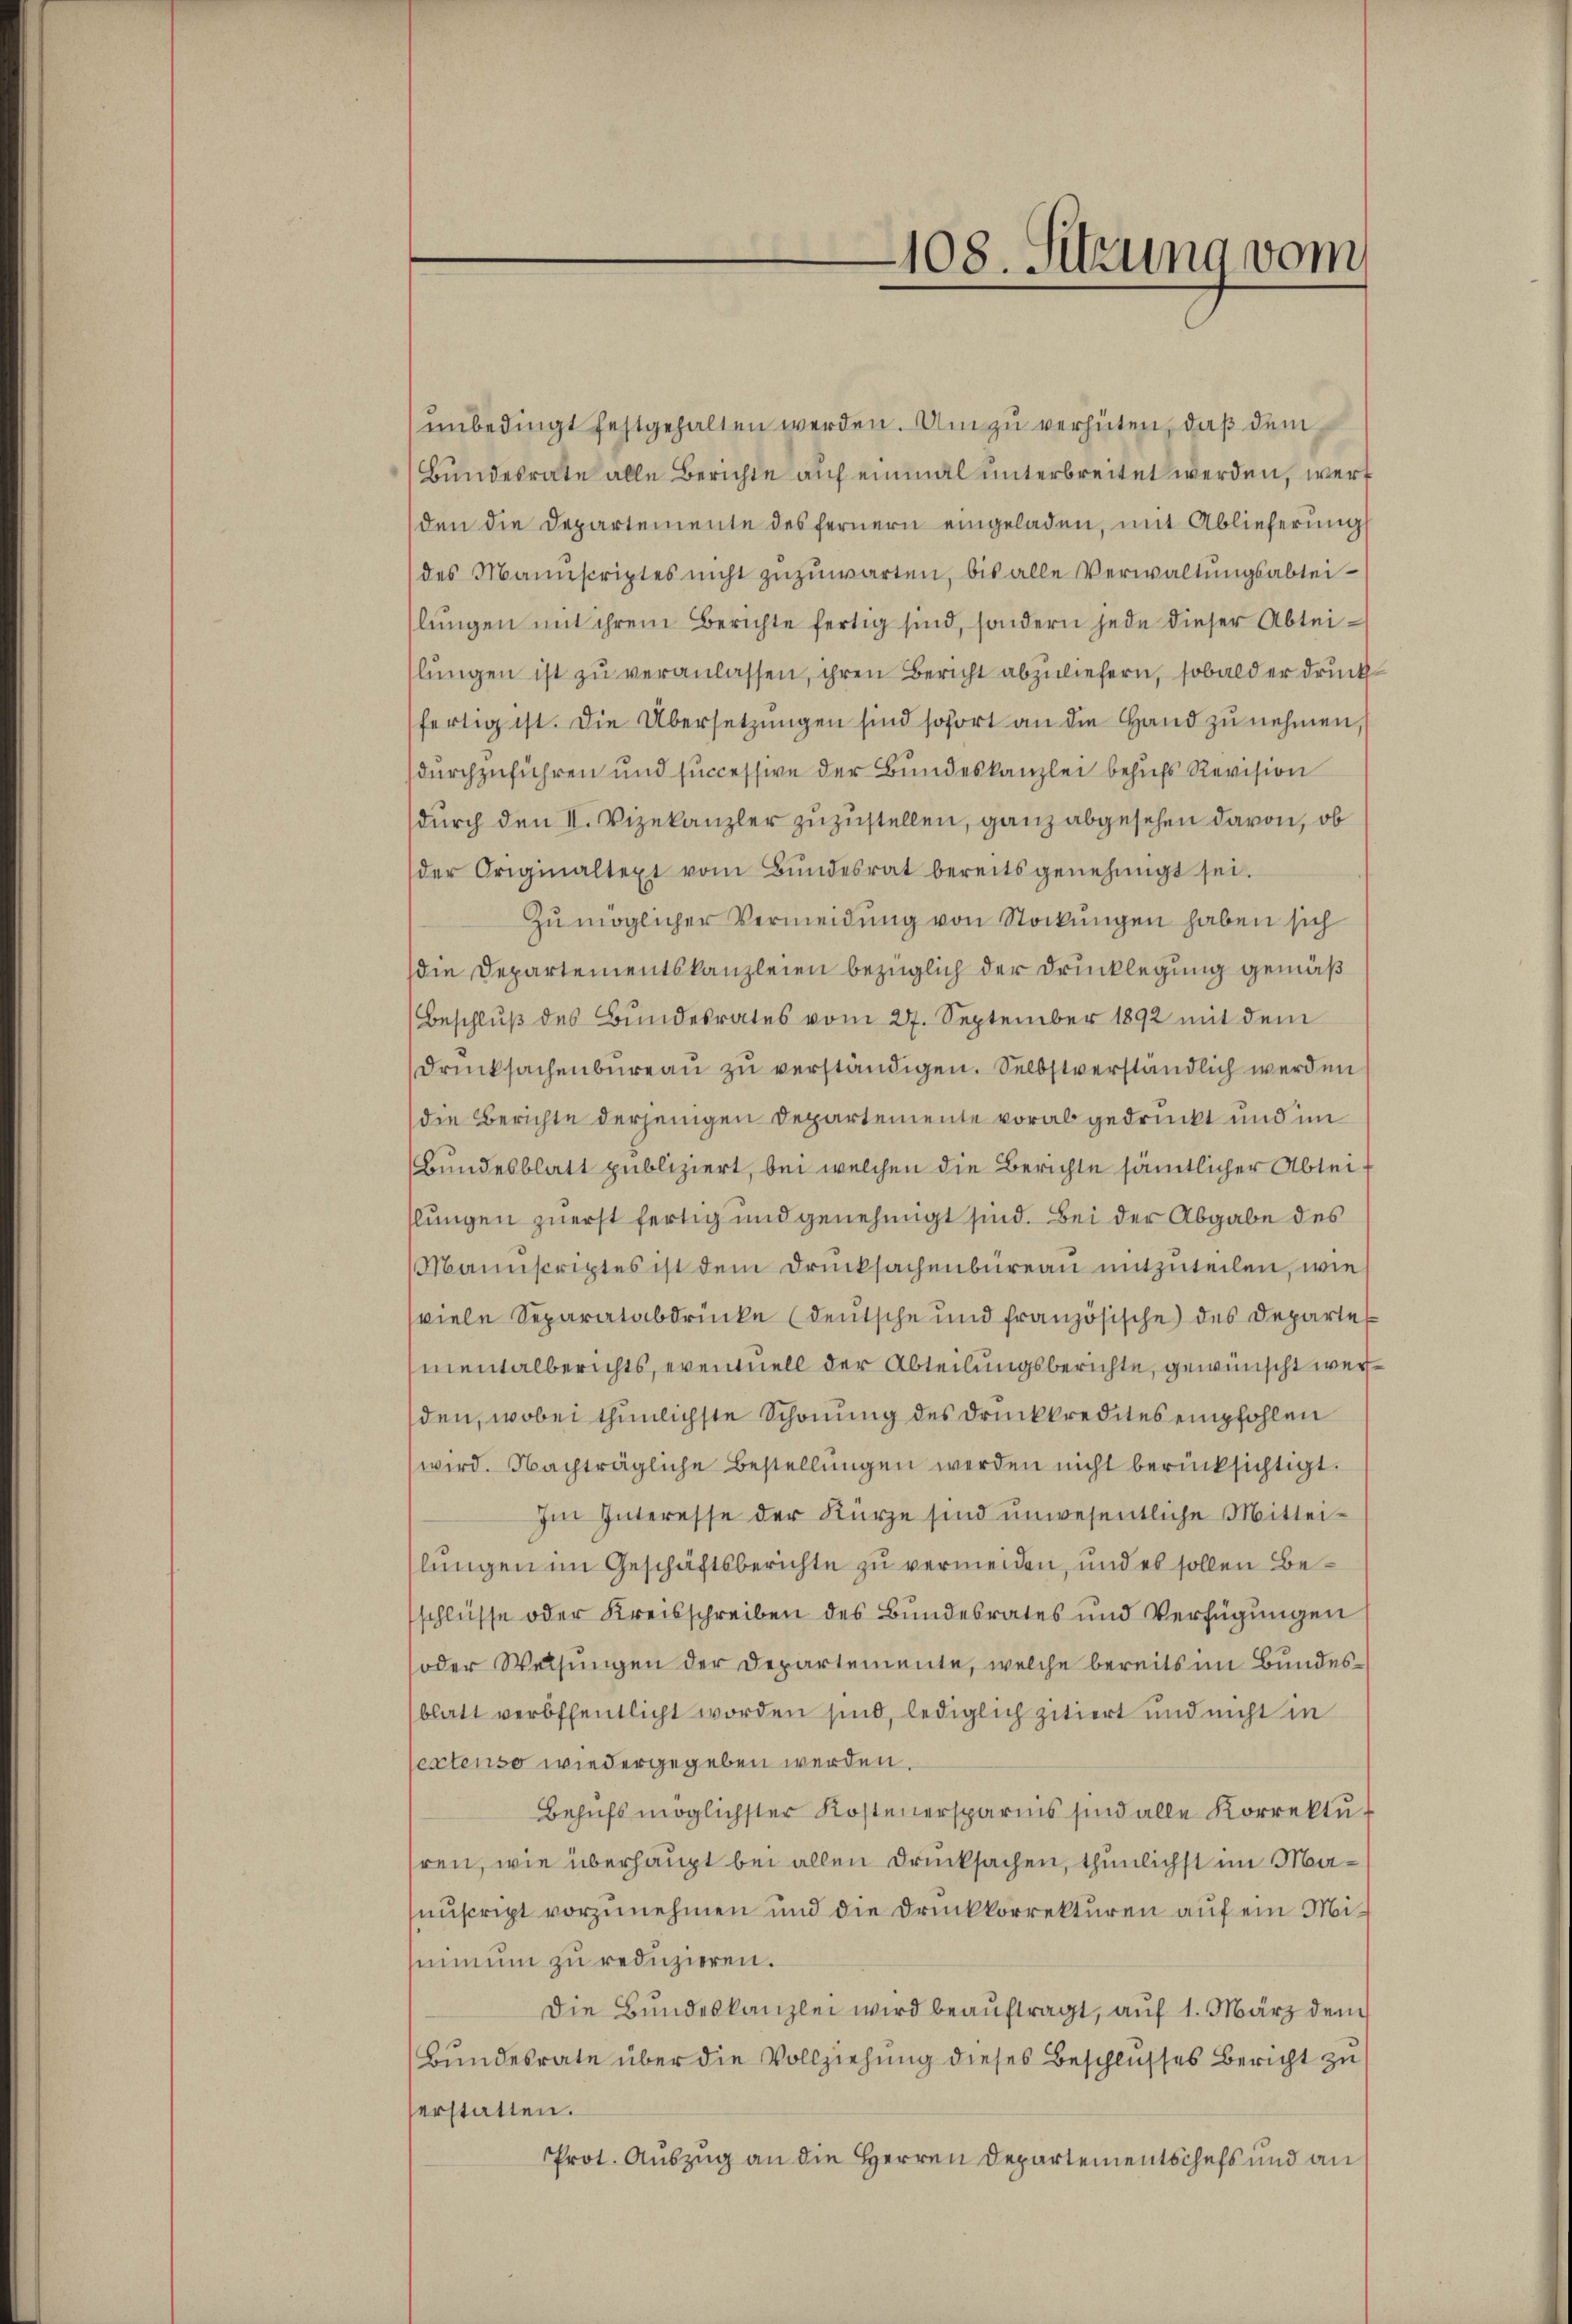
unbedingt festgehalten werden. Um zu verhüten, daß dem
Bundesrate alle Berichte auf einmal unterbreitet werden, werf
den die Departemente des fernern eingeladen, mit Ablieferung
des Manuscriptes nicht zŭzŭwarten, bis alle Verwaltungsabteilŭngen mit ihrem Berichte fertig sind, sondern jede dieser Abtei-
slungen ist zu veranlassen, ihren Bericht abzuliefern, sobald er druck
fertig ist. Die Übersetzungen sind sofort an die Hand zu nehmen
durchzuführen und successive der Bundeskanzlei behufs Revision
durch den II. Vizekanzler zuzustellen, ganz abgesehen davon, ob
der Originaltext vom Bŭndesrat bereits genehmigt sei.
Zŭ möglicher Vermeidung von Stockungen haben sich
die Departementskanzleien bezüglich der Drucklegung gemäß
(Beschluß des Bundesrates vom 27. September 1892 mit dem
Drucksachenbureau zu verständigen. Selbstverständlich werden
die Berichte derjenigen Departemente vorabgedruckt und im
Bundesblatt publiziert, bei welchen die Berichte sämtlicher Ableislungen zuerst fertig und genehmigt sind. Bei der Abgabe des
Manuscriptes ist dem Drucksachenbureau mitzuteilen, wie
viele Separatabdrücke (deutsche und französische des Departe
mentalberichts, eventuell der Abteilungsberichte, gewünscht werden, wobei thunlichste Schonung des Druckkredites empfohlen
wird. Nachträgliche Bestellungen werden nicht berücksichtigt.
Im Interesse der Kürze sind unwesentliche Mittei-
lungen im Geschäftsberichte zu vermeiden, und es sollen Beschlüsse oder Kreisschreiben des Bundesrates und Verfügungen
oder Weisungen der Departemente, welche bereits im Bundesblatt veröffentlicht worden sind, lediglich zitiert und nicht in
extenso wiedergegeben werden.
Behufs möglichster Kostenersparnis sind alle Korrektu
hren, wie überhaupt bei allen Drucksachen, thunlichst im Manuscript vorzunehmen und die Druckkorrekturen auf ein Misimum zu reduzieren.
Die Bundeskanzlei wird beauftragt, auf 1. März dem
(Bundesrate über die Vollziehung dieses Beschlusses Bericht zu
serstatten.
Prot. Auszug an die Herren Departementschefs und an

—108. Sitzung vom